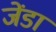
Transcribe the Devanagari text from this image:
जेंडा